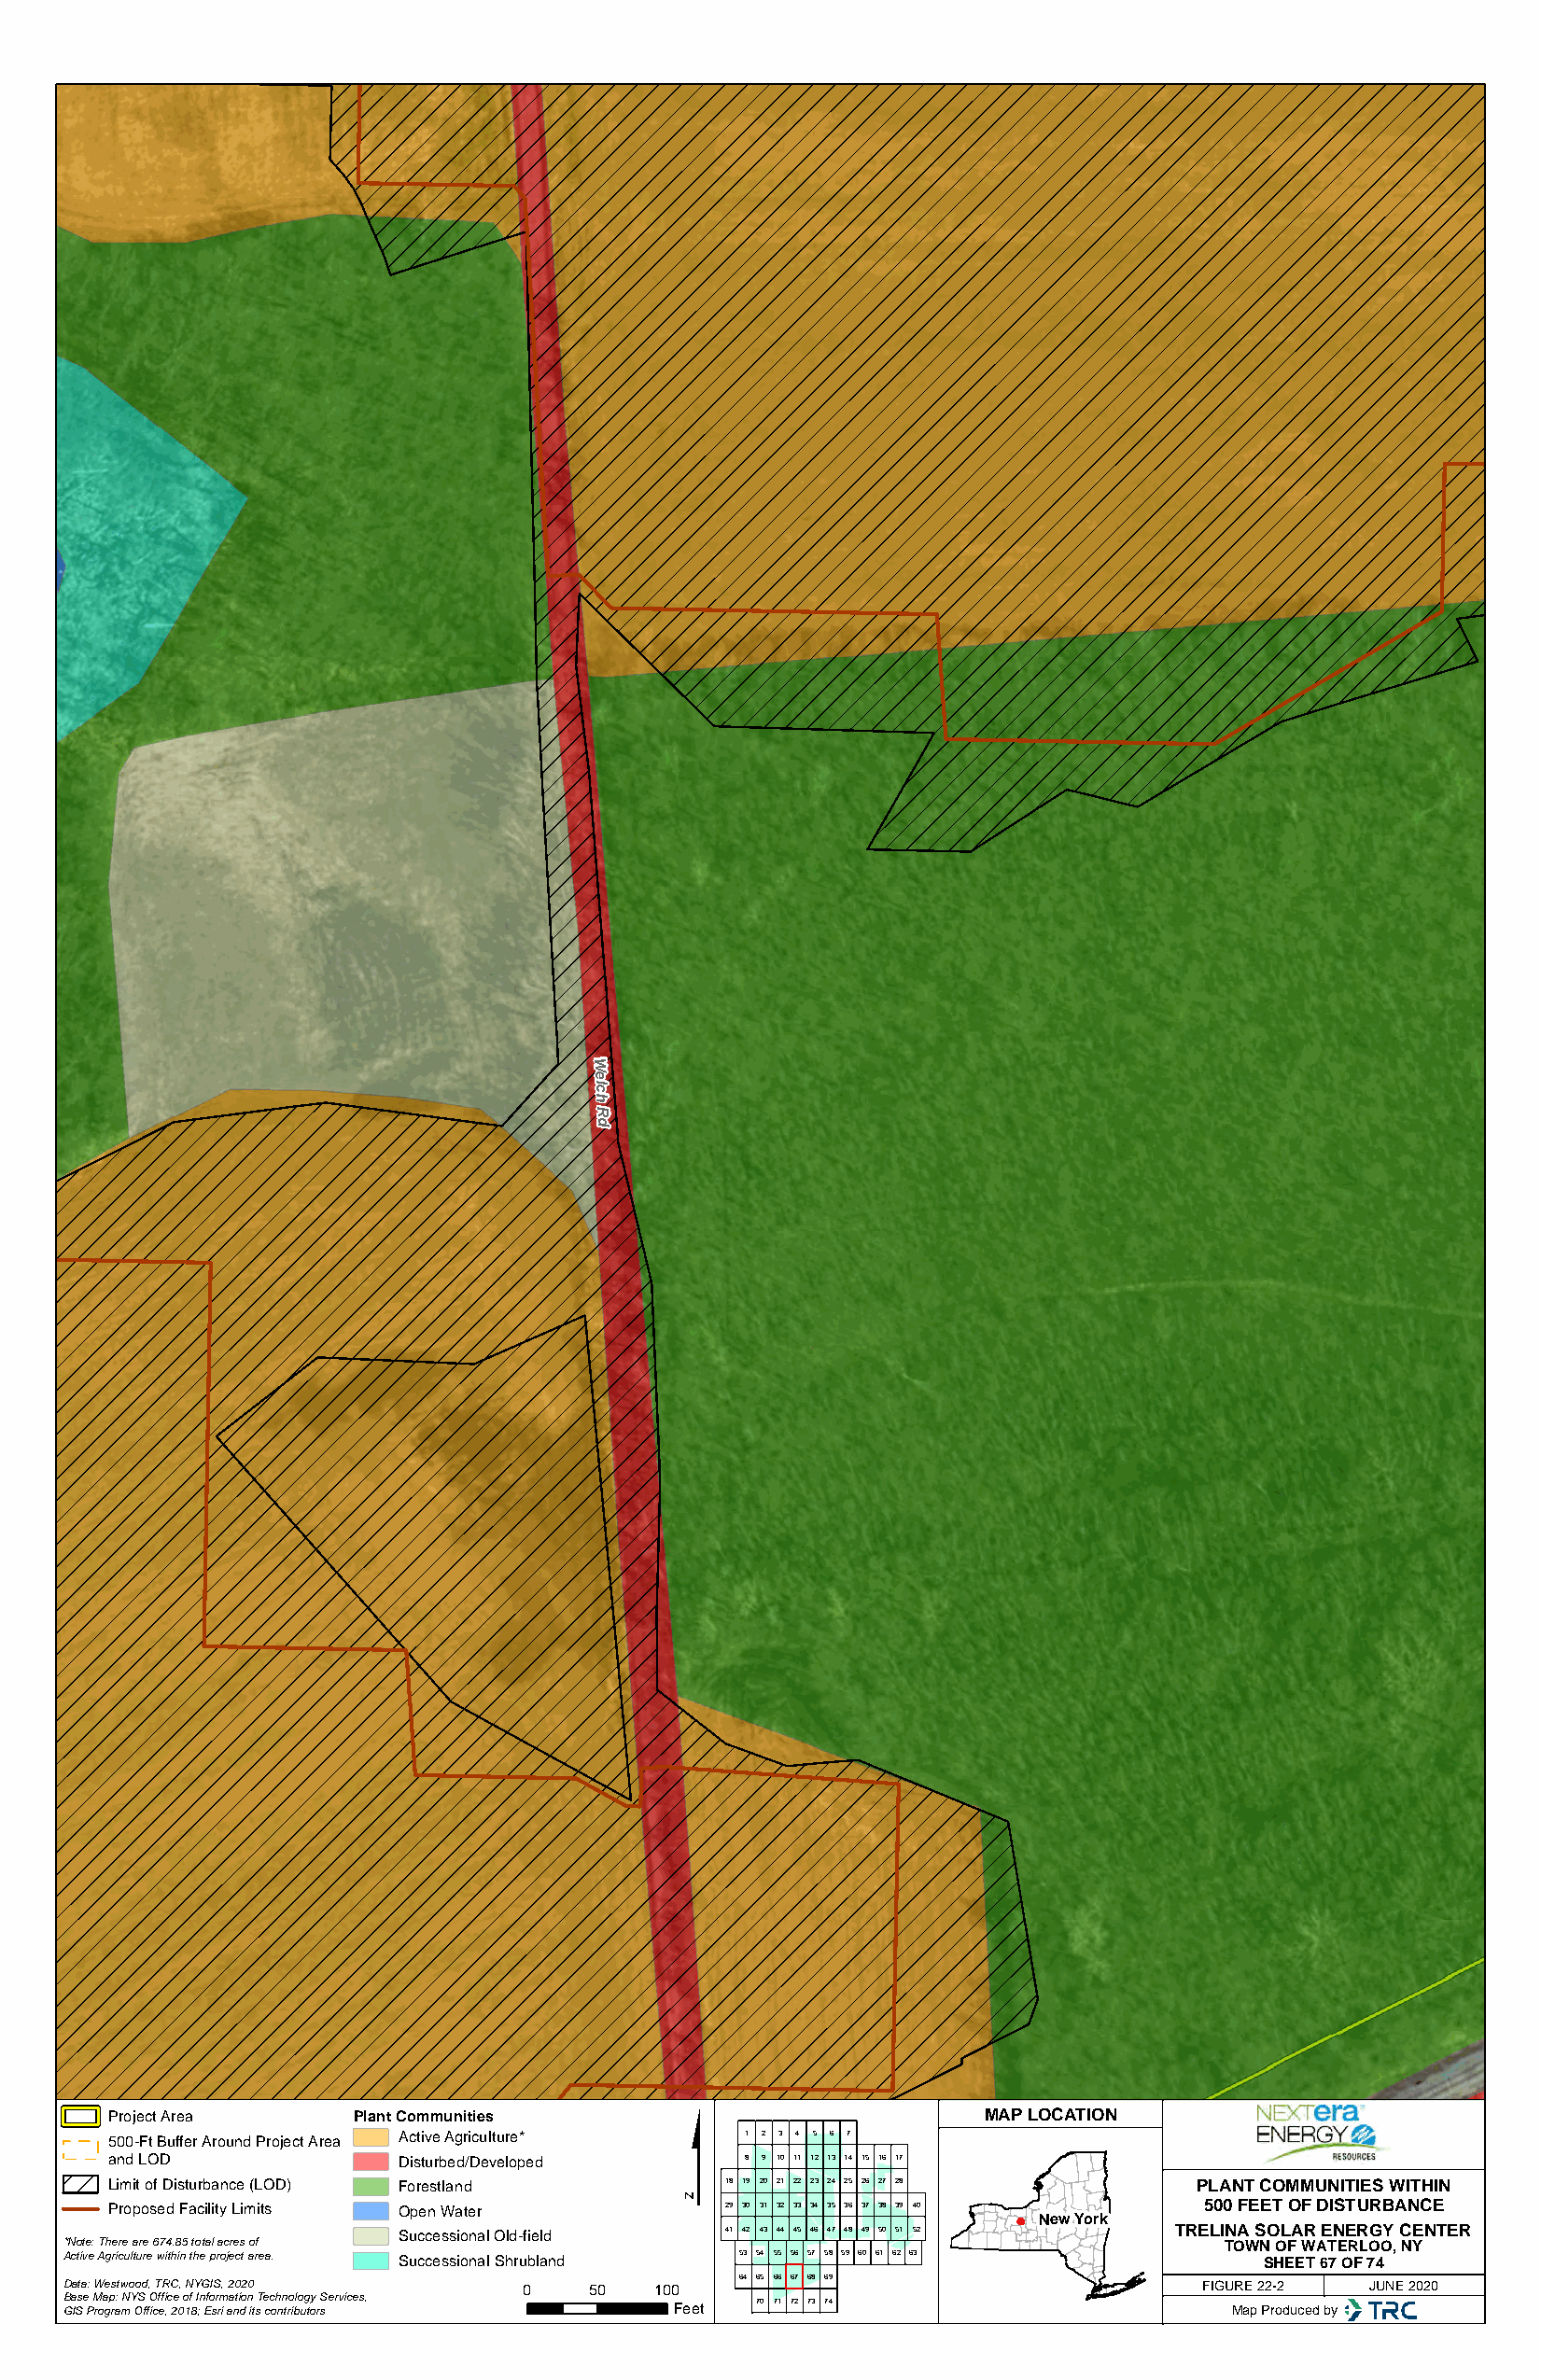
W
 e
 lc
 h
 R
 d
 $
 Project Area     Plant Communities                            MAP LOCATION
 500-Ft Buffer Around Project Area Active Agriculture* 1 2 3 4 5 6 7
 and LOD             Disturbed/Developed      8 9 10 11 12 13 14 15 16 17
 Limit of Disturbance (LOD) Forestland      18 19 20 21 22 23 24 25 26 27 28  PLANT COMMUNITIES WITHIN
 Proposed Facility Limits Open Water        29 30 31 32 33 34 35 36 37 38 39 40 500 FEET OF DISTURBANCE
 New York
 Successional Old-field 41 42 43 44 45 46 47 48 49 50 51 52 TRELINA SOLAR ENERGY CENTER
 *Note: There are 674.85 total acres of                                             TOWN OF WATERLOO, NY
 Active Agriculture within the project area. Successional Shrubland 53 54 55 56 57 58 59 60 61 62 63 SHEET 67 OF 74
 64 65 66 67 68 69
 Data: Westwood, TRC, NYGIS, 2020 0    50  100                                    FIGURE 22-2 JUNE 2020
 Base Map: NYS Office of Information Technology Services, 70 71 72 73 74
 GIS Program Office, 2018; Esri and its contributors Feet                           Map Produced by